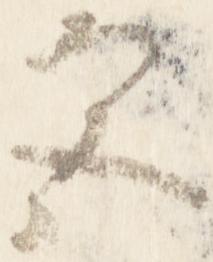
宮